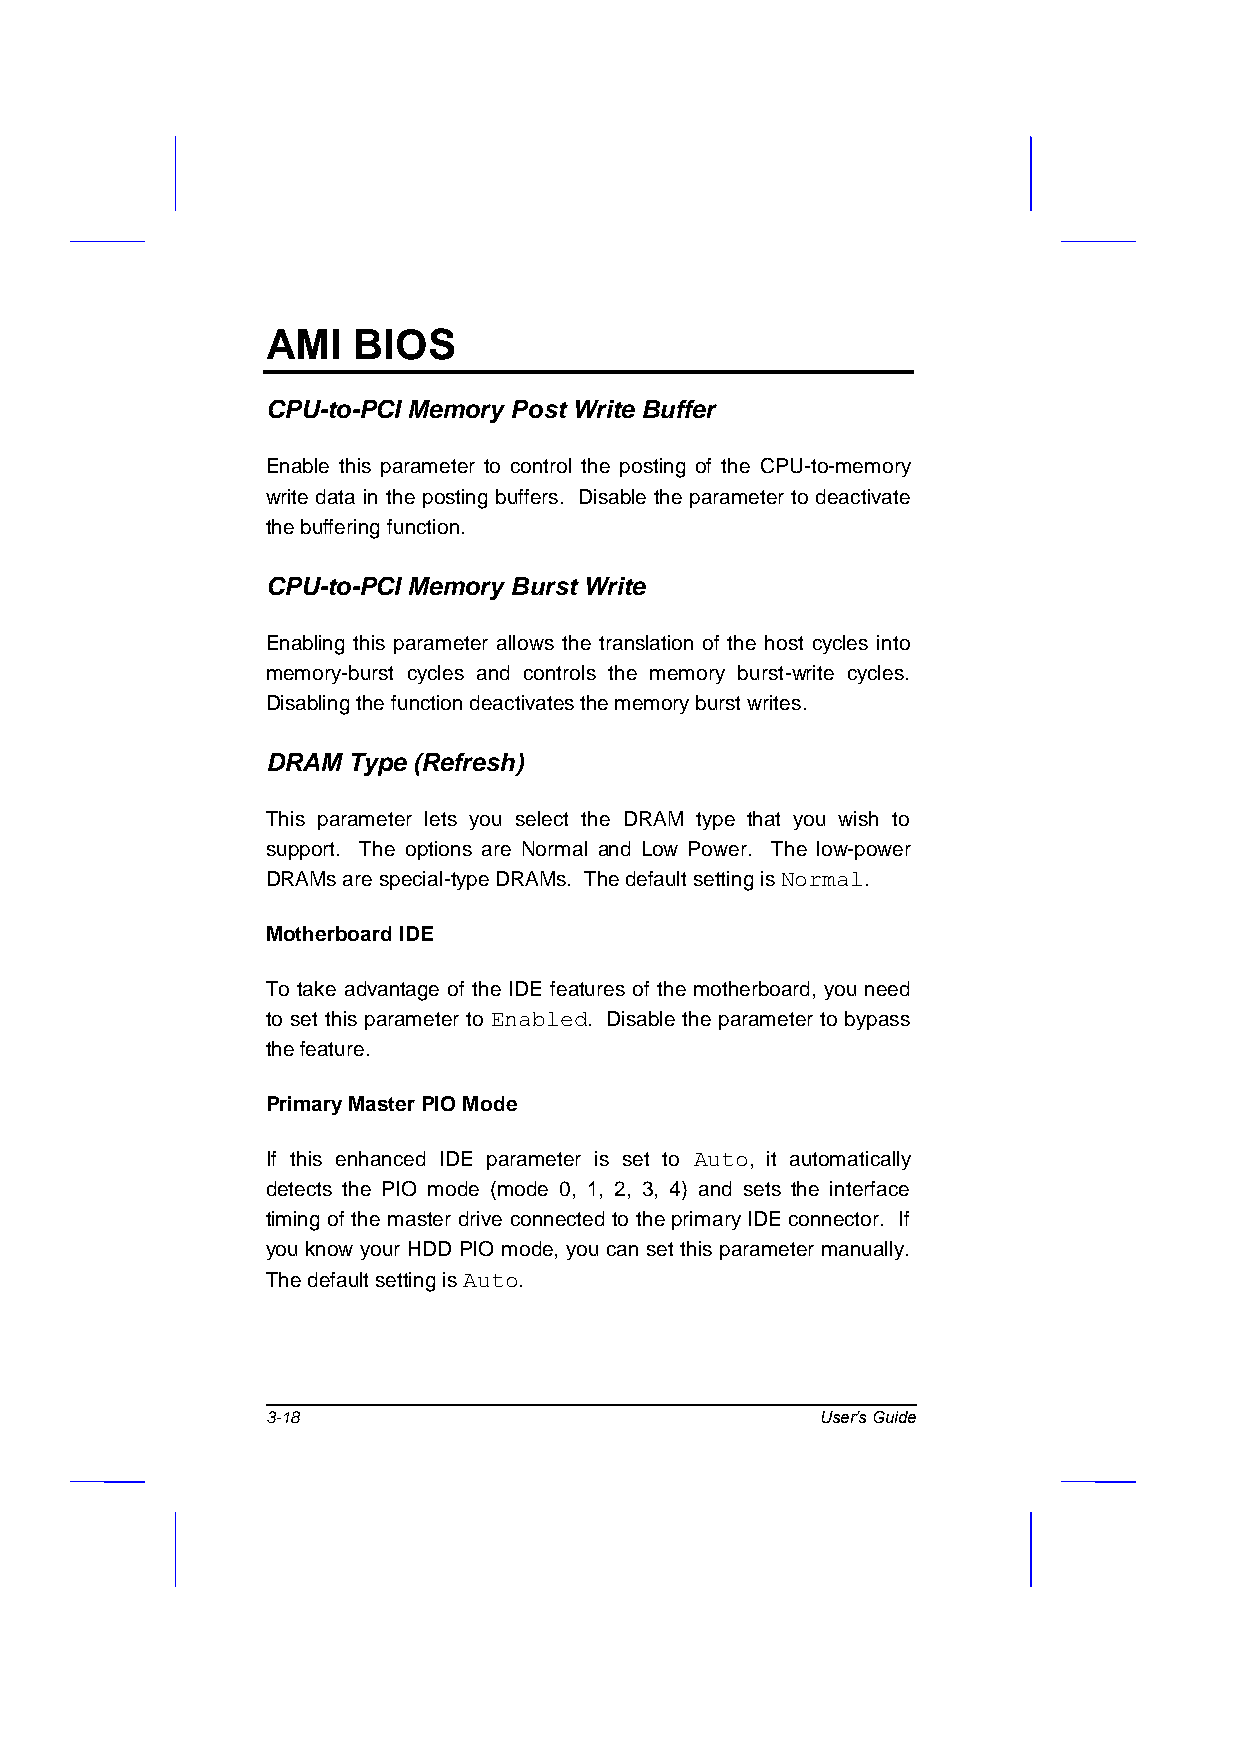
AMI  BIOS
 CPU-to-PCI Memory Post Write Buffer
 Enable this parameter to control the posting of the CPU-to-memory
 write data in the posting buffers. Disable the parameter to deactivate
 the buffering function.
 CPU-to-PCI Memory Burst Write
 Enabling this parameter allows the translation of the host cycles into
 memory-burst cycles and controls the memory burst-write cycles.
 Disabling the function deactivates the memory burst writes.
 DRAM Type (Refresh)
 This parameter lets you select the DRAM type that you wish to
 support. The options are Normal and Low Power. The low-power
 DRAMs are special-type DRAMs. The default setting is Normal.
 Motherboard IDE
 To take advantage of the IDE features of the motherboard, you need
 to set this parameter to Enabled. Disable the parameter to bypass
 the feature.
 Primary Master PIO Mode
 If this enhanced IDE parameter is set to Auto, it automatically
 detects the PIO mode (mode 0, 1, 2, 3, 4) and sets the interface
 timing of the master drive connected to the primary IDE connector. If
 you know your HDD PIO mode, you can set this parameter manually.
 The default setting is Auto.
 3-18                                User’s Guide